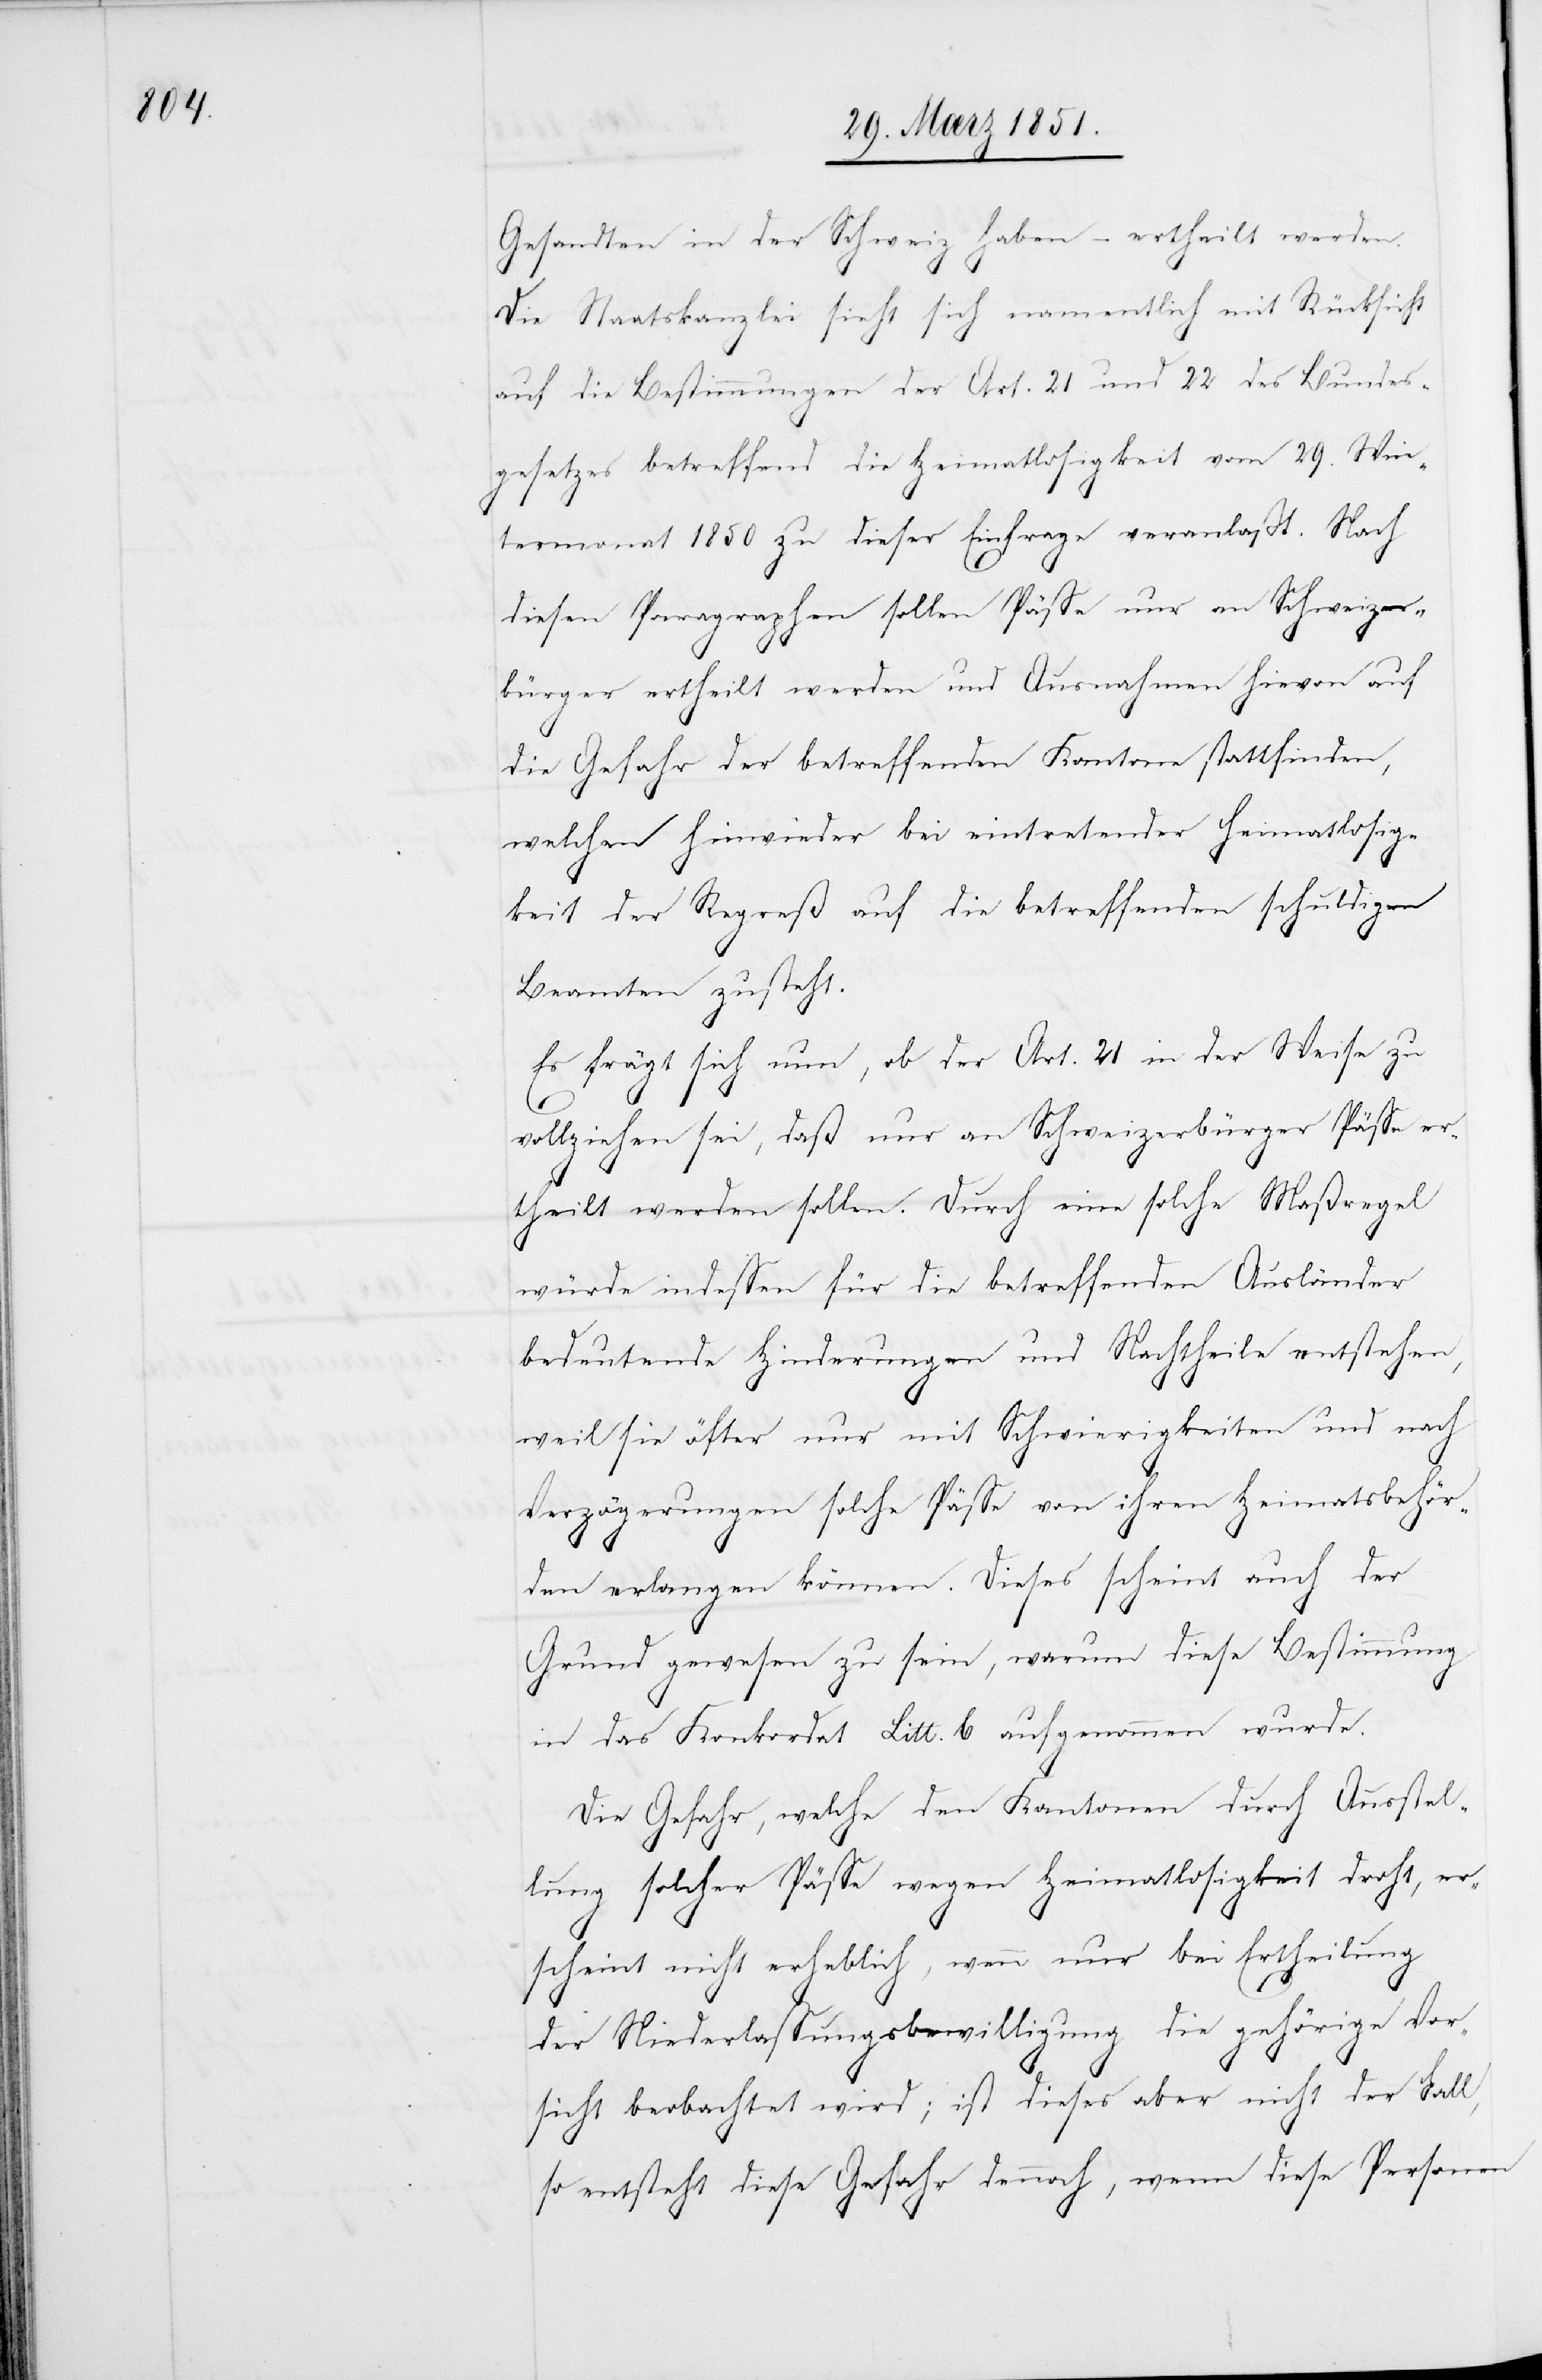
Gesandten in der Schweiz haben – ertheilt werden.
Die Staatskanzlei sieht sich namentlich mit Rücksicht
auf die Bestimmungen der Art. 21 und 22 des Bundes¬
gesetzes betreffend die Heimatlosigkeit vom 29. Win¬
termonat 1850 zu dieser Einfrage veranlaßt. Nach
diesen Paragraphen sollen Pässe nur an Schweizer¬
bürger ertheilt werden und Ausnahmen hievon auf
die Gefahr der betreffenden Kantone stattfinden,
welchen hinwieder bei eintretender Heimatlosig¬
keit der Regreß auf die betreffenden schuldigen
Beamten zusteht.
Es frägt sich nun, ob der Art. 21 in der Weise zu
vollziehen sei, daß nur an Schweizerbürger Pässe er¬
theilt werden sollen. Durch eine solche Maßregel
würde[n] indessen für die betreffenden Ausländer
bedeutende Hinderungen und Nachtheile entstehen,
weil sie öfter nur mit Schwierigkeiten und nach
Verzögerungen solche Pässe von ihren Heimatsbehör¬
den erlangen können. Dieses scheint auch der
Grund gewesen zu sein, warum diese Bestimmung
in das Konkordat Litt. b aufgenommen wurde.
Die Gefahr, welche den Kantonen durch Ausstel¬
lung solcher Pässe wegen Heimatlosigkeit droht, er¬
scheint nicht erheblich, wenn nur bei Ertheilung
der Niederlassungsbewilligung die gehörige Vor¬
sicht beobachtet wird; ist dieses aber nicht der Fall,
so entsteht diese Gefahr dennoch, wenn diese Personen